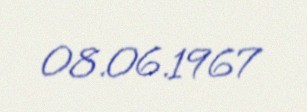
08.06.1967